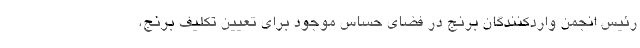
رئیس انجمن واردکنندگان برنج در فضای حساس موجود برای تعیین تکلیف برنج،